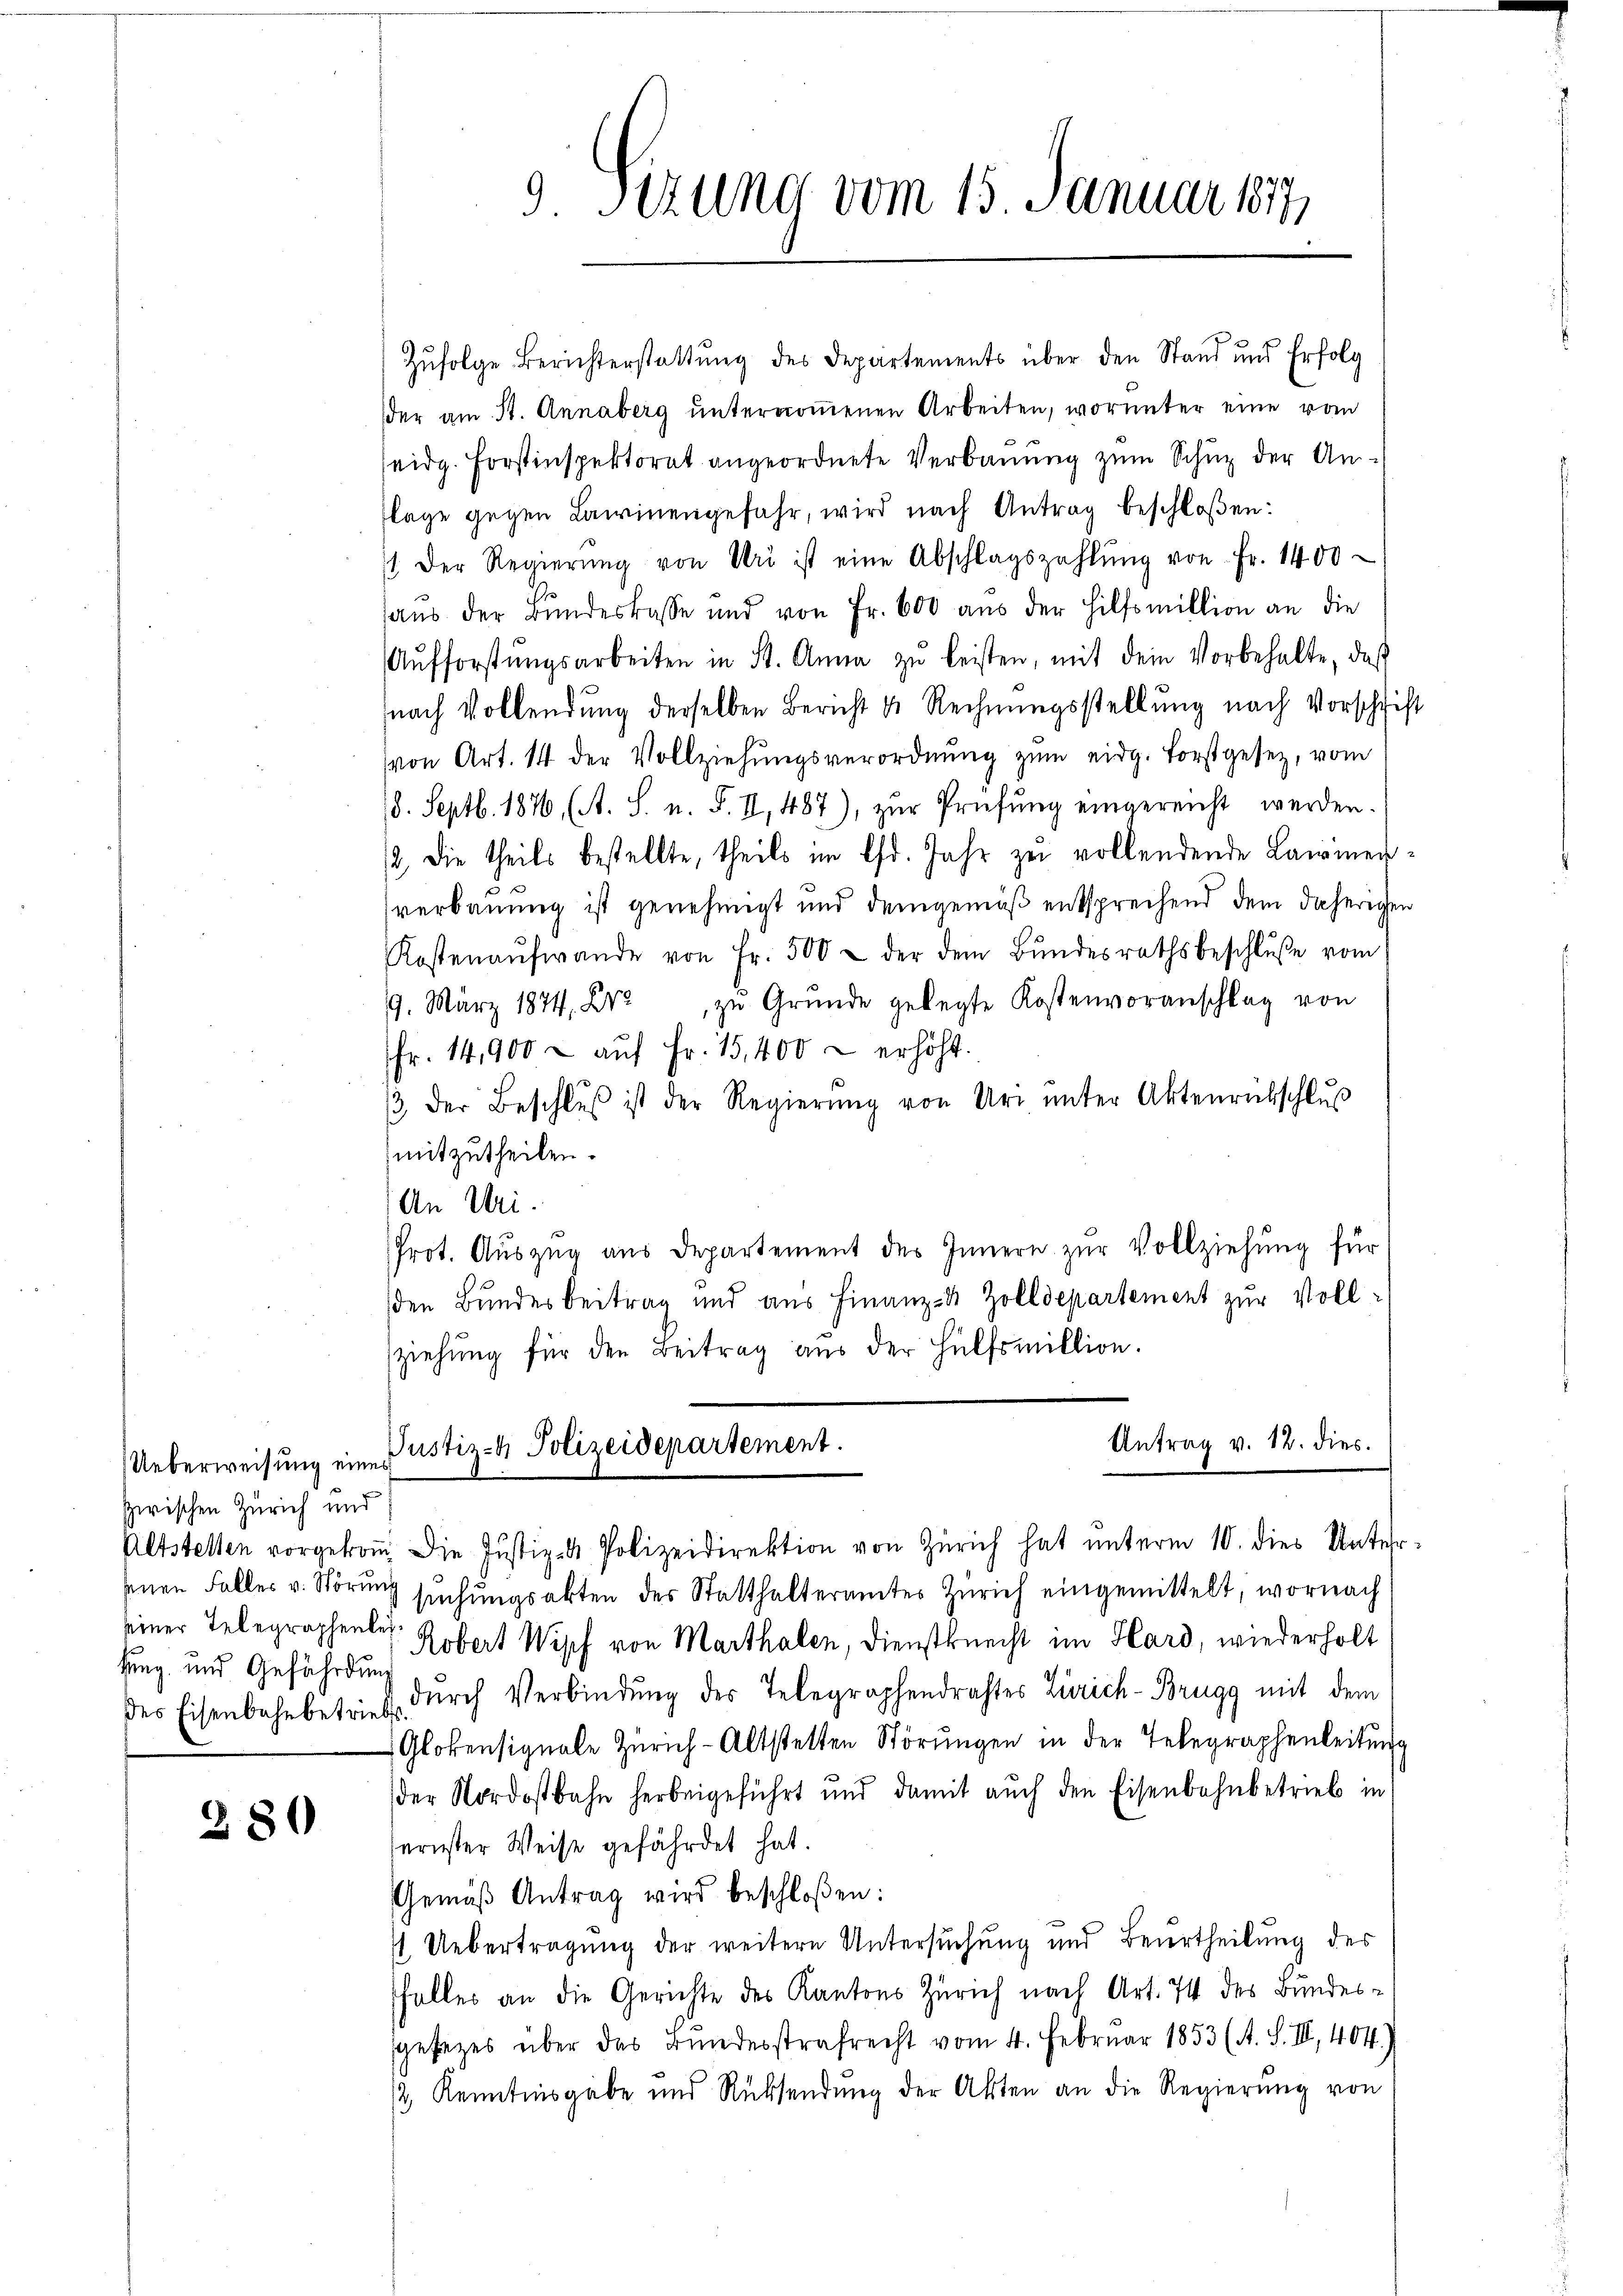
Ueberweisung eines
zwischen Zürich und
seiner Telegraphenleihung und Gefährdung

280

9 Sizung vom 15. Januar 1877

Zufolge Berichterstattung des Departements über den Stand und Erfolg
der am St. Annaberg ŭnternoṁenen Arbeiten, worunter eine vom
seidg. Forstinspektorat angeordnete Verbauung zum Schup der Anflage gegen Lawinengefahr, wird nach Antrag beschloßen:
1. Der Regierŭng von Uri ist eine Abschlagszahlŭng von Fr. 1400
aus der Bundeskasse und von Fr. 600 aus der Hilfsmillion an die
Aŭfforstŭngsarbeiten in St. Anna zŭ leisten, mit dem Vorbehalte, daß
nach Vollendung derselben Bericht u. Rechnungsstellung nach Vorschrift
von Art. 14 der Vollziehŭngsverordnŭng zŭm eidg. Forstgesetz, vom
8. Septb. 1876 (A. S. n. F. II, 487), zŭr Prüfŭng eingereicht werden.
12. Die theils bestellte, theils im lfd. Jahr zu vollendende Lawinenverbauung ist genehmigt und demgemäß entsprechend dem daherigen
Kostenaufwande von Fr. 500 - der dem Bŭndesrathsbeschlŭβe vom
19. März 1874. Xr. zŭ Grŭnde gelegte Kostenvoranschlag von
fr. 14,900 - auf Fr. 15,400 & erhöht.
/3 der Beschlŭβ ist der Regierŭng von Uri ŭnter Aktenrückschlŭβ
mitzutheilen.
An Uri.
Prot. Aŭszŭg aŭs departement des Innern zŭr Vollziehŭng für
den Bundesbeitrag und aus Finanz- & Zolldepartement zur Vollziehŭng für den Beitrag aus der Hülfsmillion.

Antrag v. 12. dies.
Justiz- & Polizeidepartement.

Altstellen vorgekoṁ Die Justiz- & Polizeidirektion von Zürich hat unterm 10. dies Untersenen Falles v. Störŭng sŭchŭngsakten des Statthalteramtes Zürich eingemittelt, wornach
Robert Wipf von Marthalen, Dienstknecht im Hard, wiederholt
des Eisenbahnbetrief dŭrch Verbindŭng des Telegraphendrahtes Zürich-Brugg mit dem
Glokensignale Zürich-Altstetten Störungen in der Telegraphenleitung
der Nordostbahn herbeigeführt und damit auch den Eisenbahnbetrieb in
ernster Weise gefährdet hat.
Gemäβ Antrag wird beschloßen:
t Uebertragung der weitere Untersuchung und Beurtheilung des
falles an die Gerichte des Kantons Zürich nach Art. 74 des Bundes-
gesezes über das Bundesstrafrecht vom 4. Februar 1853 (A. S. III., 404.)
/2 Kenntnisgabe und Rücksendung der Akten an die Regierŭng von